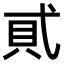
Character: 𧴮